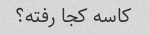
کاسه کجا رفته؟